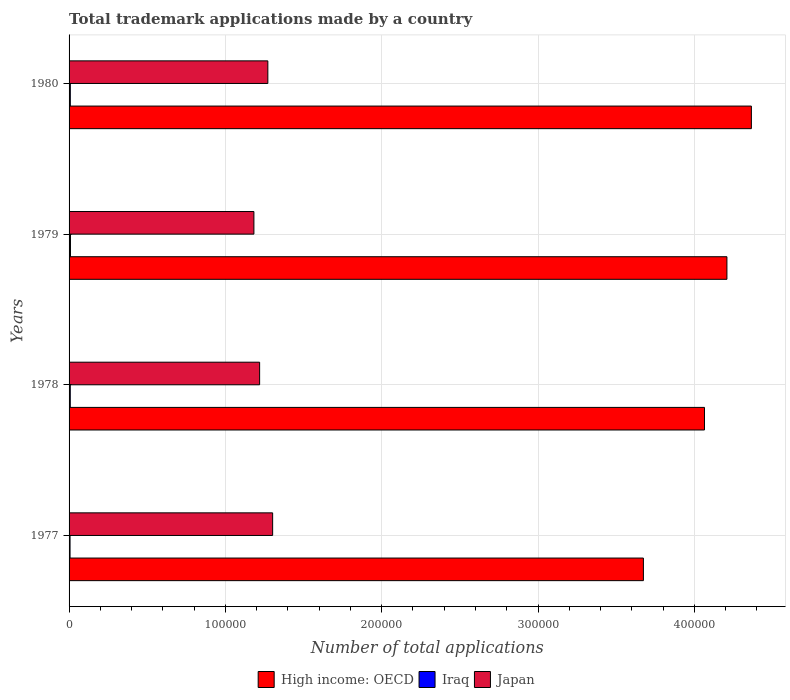
| Years | High income: OECD | Iraq | Japan |
 | --- | --- | --- | --- |
 | 1977 | 3.67e+05 | 624 | 1.3e+05 |
 | 1978 | 4.06e+05 | 767 | 1.22e+05 |
 | 1979 | 4.21e+05 | 899 | 1.18e+05 |
 | 1980 | 4.36e+05 | 792 | 1.27e+05 |